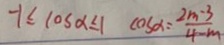
- 1 \leq \cos \alpha \leq 1 \cos \alpha = \frac { 2 m - 3 } { 4 - m }